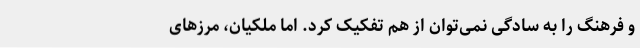
و فرهنگ را به سادگی نمی‌توان از هم تفکیک کرد. اما ملکیان، مرزهای